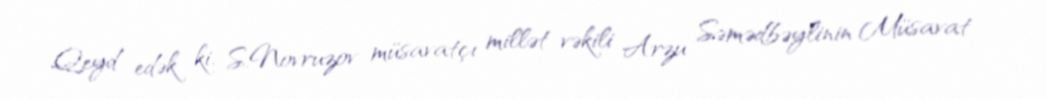
Qeyd edək ki, S.Novruzov müsavatçı millət vəkili Arzu Səmədbəylinin Müsavat